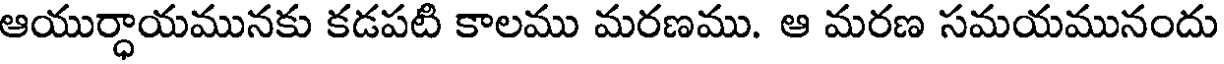
ఆయుర్ధాయమునకు కడపటి కాలము మరణము. ఆ మరణ సమయమునందు